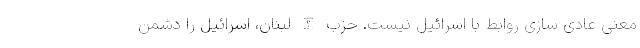
معنی عادی سازی روابط با اسرائیل نیست. حزب الله لبنان، اسرائیل را دشمن